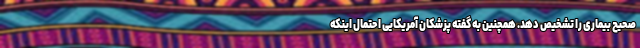
صحیح بیماری را تشخیص دهد. همچنین به گفته پزشکان آمریکایی احتمال اینکه